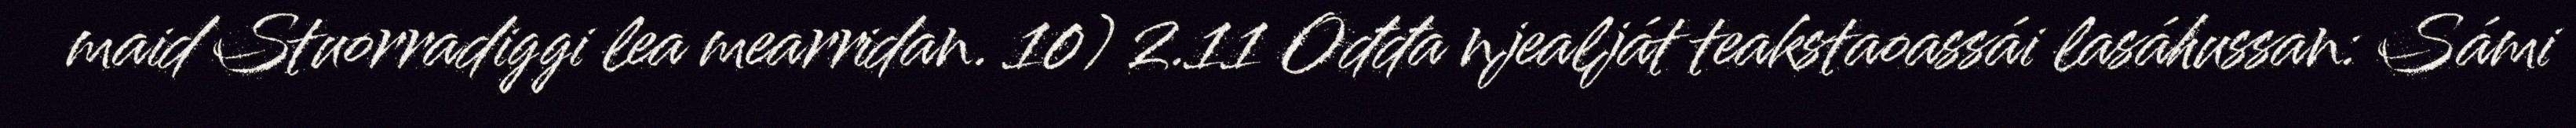
maid Stuorradiggi lea mearridan. 10) 2.11 Ođđa njealját teakstaoassái lasáhussan: Sámi